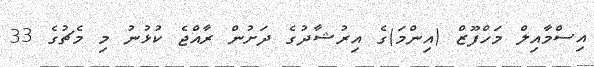
އިސްމާއިލް މަހްފޫޒް (އިންމަ)ގެ އިރުޝާދުގެ ދަށުން ރާއްޖެ ކުޅުނު މި މެޗުގެ 33